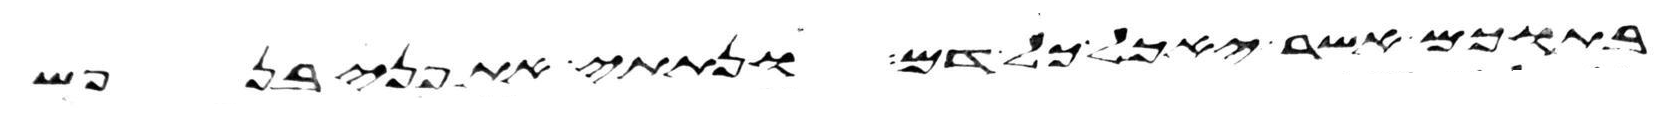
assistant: בתוכם אשר יאכל כל דם ונתתי את פני בנפש